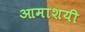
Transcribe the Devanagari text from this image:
आमाशयी